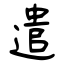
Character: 遣